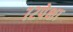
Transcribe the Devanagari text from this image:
७२पेक्षा